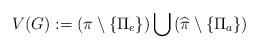
LaTeX: \begin{align*} V(G):=\left(\pi\setminus \{\Pi_e\}\right) \bigcup \left(\widehat \pi\setminus\{\Pi_a\}\right)\end{align*}